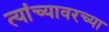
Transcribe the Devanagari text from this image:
त्यांच्यावरच्या